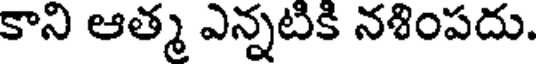
కాని ఆత్మ ఎన్నటికి నశింపదు.